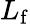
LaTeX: L_{\mathrm{f}}